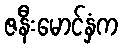
ဇနီးမောင်နှံက